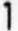
1